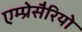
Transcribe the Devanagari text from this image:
एम्प्रेसैरियो